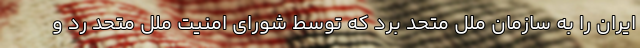
ایران را به سازمان ملل متحد برد که توسط شورای امنیت ملل متحد رد و